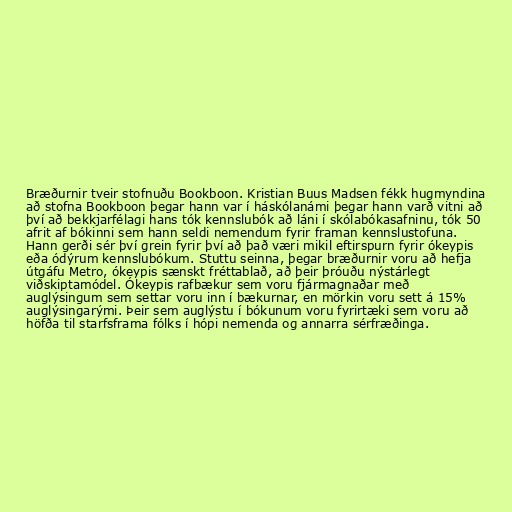
Bræðurnir tveir stofnuðu Bookboon. Kristian Buus Madsen fékk hugmyndina
að stofna Bookboon þegar hann var í háskólanámi þegar hann varð vitni að
því að bekkjarfélagi hans tók kennslubók að láni í skólabókasafninu, tók 50
afrit af bókinni sem hann seldi nemendum fyrir framan kennslustofuna.
Hann gerði sér því grein fyrir því að það væri mikil eftirspurn fyrir ókeypis
eða ódýrum kennslubókum. Stuttu seinna, þegar bræðurnir voru að hefja
útgáfu Metro, ókeypis sænskt fréttablað, að þeir þróuðu nýstárlegt
viðskiptamódel. Ókeypis rafbækur sem voru fjármagnaðar með
auglýsingum sem settar voru inn í bækurnar, en mörkin voru sett á 15%
auglýsingarými. Þeir sem auglýstu í bókunum voru fyrirtæki sem voru að
höfða til starfsframa fólks í hópi nemenda og annarra sérfræðinga.